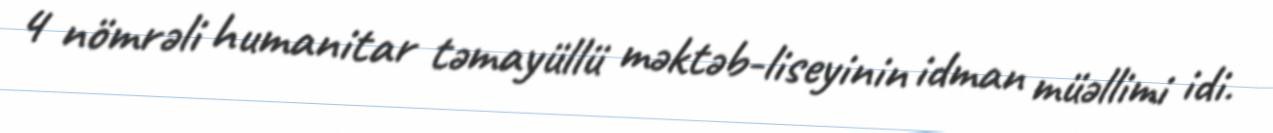
4 nömrəli humanitar təmayüllü məktəb-liseyinin idman müəllimi idi.